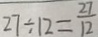
2 7 \div 1 2 = \frac { 2 7 } { 1 2 }